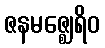
ဇနမဇ္ဈေရိဝ